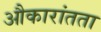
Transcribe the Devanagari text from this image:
औकारांतता